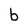
Character: b